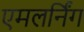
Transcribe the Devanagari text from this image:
एमलर्निंग